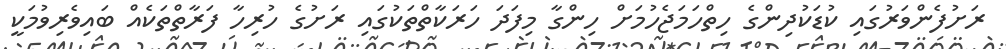
ރަށުފެންވަރުގައި ކުޑަކުދިންގެ ހިތްހަމަޖެހުމަށް ހިންގާ މިފަދަ ހަރަކާތްތަކުގައި ރަށުގެ ހުރިހާ ފަރާތްތަކެއް ބައިވެރިވުމަކީ